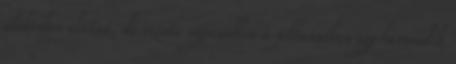
időközben eltűnt, de szinte ugyanebben a pillanatban egy harmadik